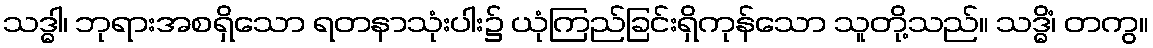
သဒ္ဓါ၊ ဘုရားအစရှိသော ရတနာသုံးပါး၌ ယုံကြည်ခြင်းရှိကုန်သော သူတို့သည်။ သဒ္ဓိံ၊ တကွ။